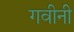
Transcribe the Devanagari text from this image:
गवीनी